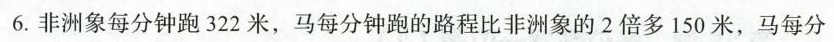
6.非洲象每分钟跑322米，马每分钟跑的路程比非洲象的2倍多150米，马每分